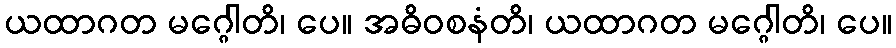
ယထာဂတ မဂ္ဂေါတိ၊ ပေ။ အဓိဝစနံတိ၊ ယထာဂတ မဂ္ဂေါတိ၊ ပေ။